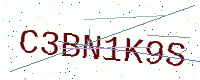
Text: C3BN1K9S